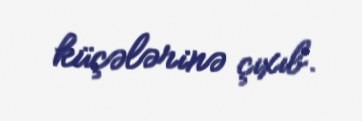
küçələrinə çıxıb.